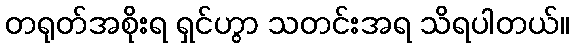
တရုတ်အစိုးရ ရှင်ဟွာ သတင်းအရ သိရပါတယ်။